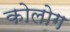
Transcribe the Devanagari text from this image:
कोलोग